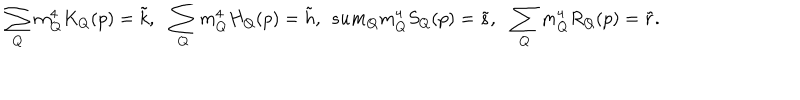
\sum _ { Q } m _ { Q } ^ { 4 } K _ { Q } ( p ) = \tilde { k } , \ \ \sum _ { Q } m _ { Q } ^ { 4 } H _ { Q } ( p ) = \tilde { h } , \ \, s u m _ { Q } m _ { Q } ^ { 4 } S _ { Q } ( p ) = \tilde { s } , \ \ \sum _ { Q } m _ { Q } ^ { 4 } R _ { Q } ( p ) = \tilde { r } .